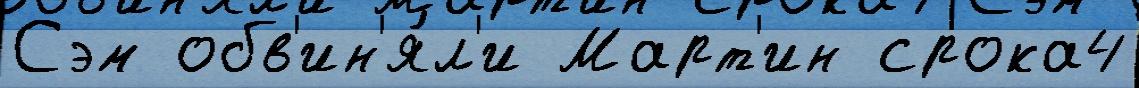
Сэм обв'ин'я́л'и Март'ин срока4